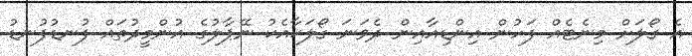
އެ ގޯލަށް މިނެޓެއް ފަހުން އިންޑިއާއިން ދެވަނަ ގޯލަކާއެކު ނޭޕާލުގެ އުންމީދުތައް ފުނޑުފުނޑު